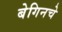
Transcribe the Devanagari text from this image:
बेगिनचे